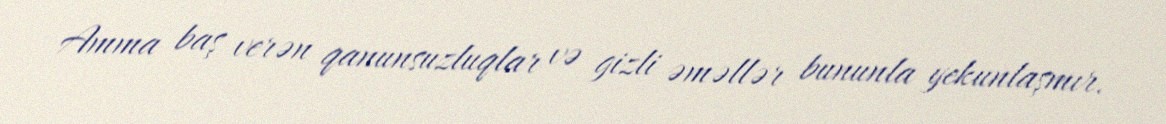
Amma baş verən qanunsuzluqlar və gizli əməllər bununla yekunlaşmır.